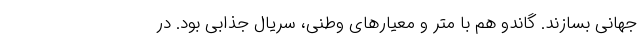
جهانی بسازند. گاندو هم با متر و معیارهای وطنی، سریال جذابی بود. در